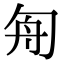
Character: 𠣘